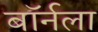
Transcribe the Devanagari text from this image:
बॉर्नला